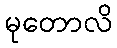
မုတောလိ